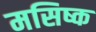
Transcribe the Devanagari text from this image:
मसिष्क